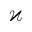
\varkappa